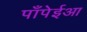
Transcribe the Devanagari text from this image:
पॉंपेईआ